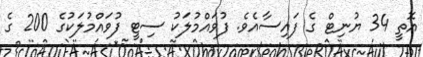
އޮތީ 34 ޔުނިޓް ގެ ފައިސާއެވެ. ފުވައްމުލަކު ސިޓީ ފުވައްމުލަކުގެ 200 ގެ